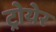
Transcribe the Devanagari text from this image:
ट्रोयेर